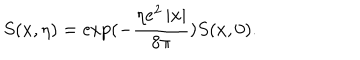
LaTeX: S ( x , \eta ) = \exp ( - \frac { \eta e ^ { 2 } \left| x \right| } { 8 \pi } ) S ( x , 0 ) .